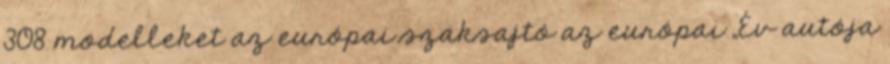
308 modelleket az európai szaksajtó az európai „Év autója